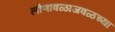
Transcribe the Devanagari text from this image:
लोणावळाजवळच्या